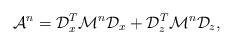
LaTeX: \begin{align*} \mathcal{A}^n = \mathcal{D}_x^T \mathcal{M}^n \mathcal{D}_x + \mathcal{D}_z^T \mathcal{M}^n \mathcal{D}_z,\end{align*}